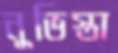
নুভিস্তা